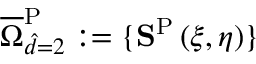
\overline { { \Omega } } _ { \hat { d } = 2 } ^ { \mathrm { { P } } } : = \{ \mathbf { S } ^ { \mathrm { { P } } } \left( \xi , \eta \right) \}